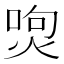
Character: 𤉵